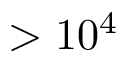
\mathrm { > 1 0 ^ { 4 } }